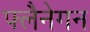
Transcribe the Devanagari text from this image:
फ्लैनेगन